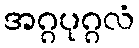
အဂ္ဂပုဂ္ဂလံ